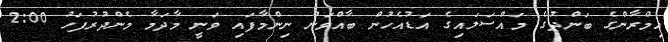
އިމްރާންގެ ބަންދުގެ މައްސަލައިގެ އަޑުއެހުން ބާއްވަން ނިންމާފައި ވަނީ މާދަމާ މެންދުރުފަހު 2:00